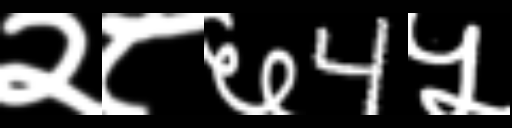
Text: २८६4५